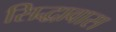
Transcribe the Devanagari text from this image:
सिद्धावास